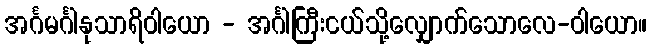
အင်္ဂမင်္ဂါနုသာရိဝါယော - အင်္ဂါကြီးငယ်သို့လျှောက်သောလေ-ဝါယော။